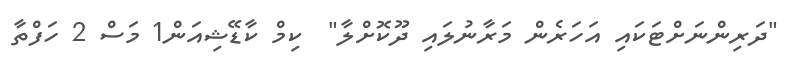
"ދަރިންނަށްޓަކައި އަހަރެން މަރާނުލައި ދޫކޮށްލާ"  ކިމް ކާޑޭޝިއަން1 މަސް 2 ހަފްތާ